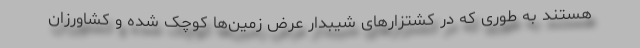
هستند به طوری که در کشتزارهای شیبدار عرض زمین‌ها کوچک شده و کشاورزان